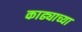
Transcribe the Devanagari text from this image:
काढ्याच्या